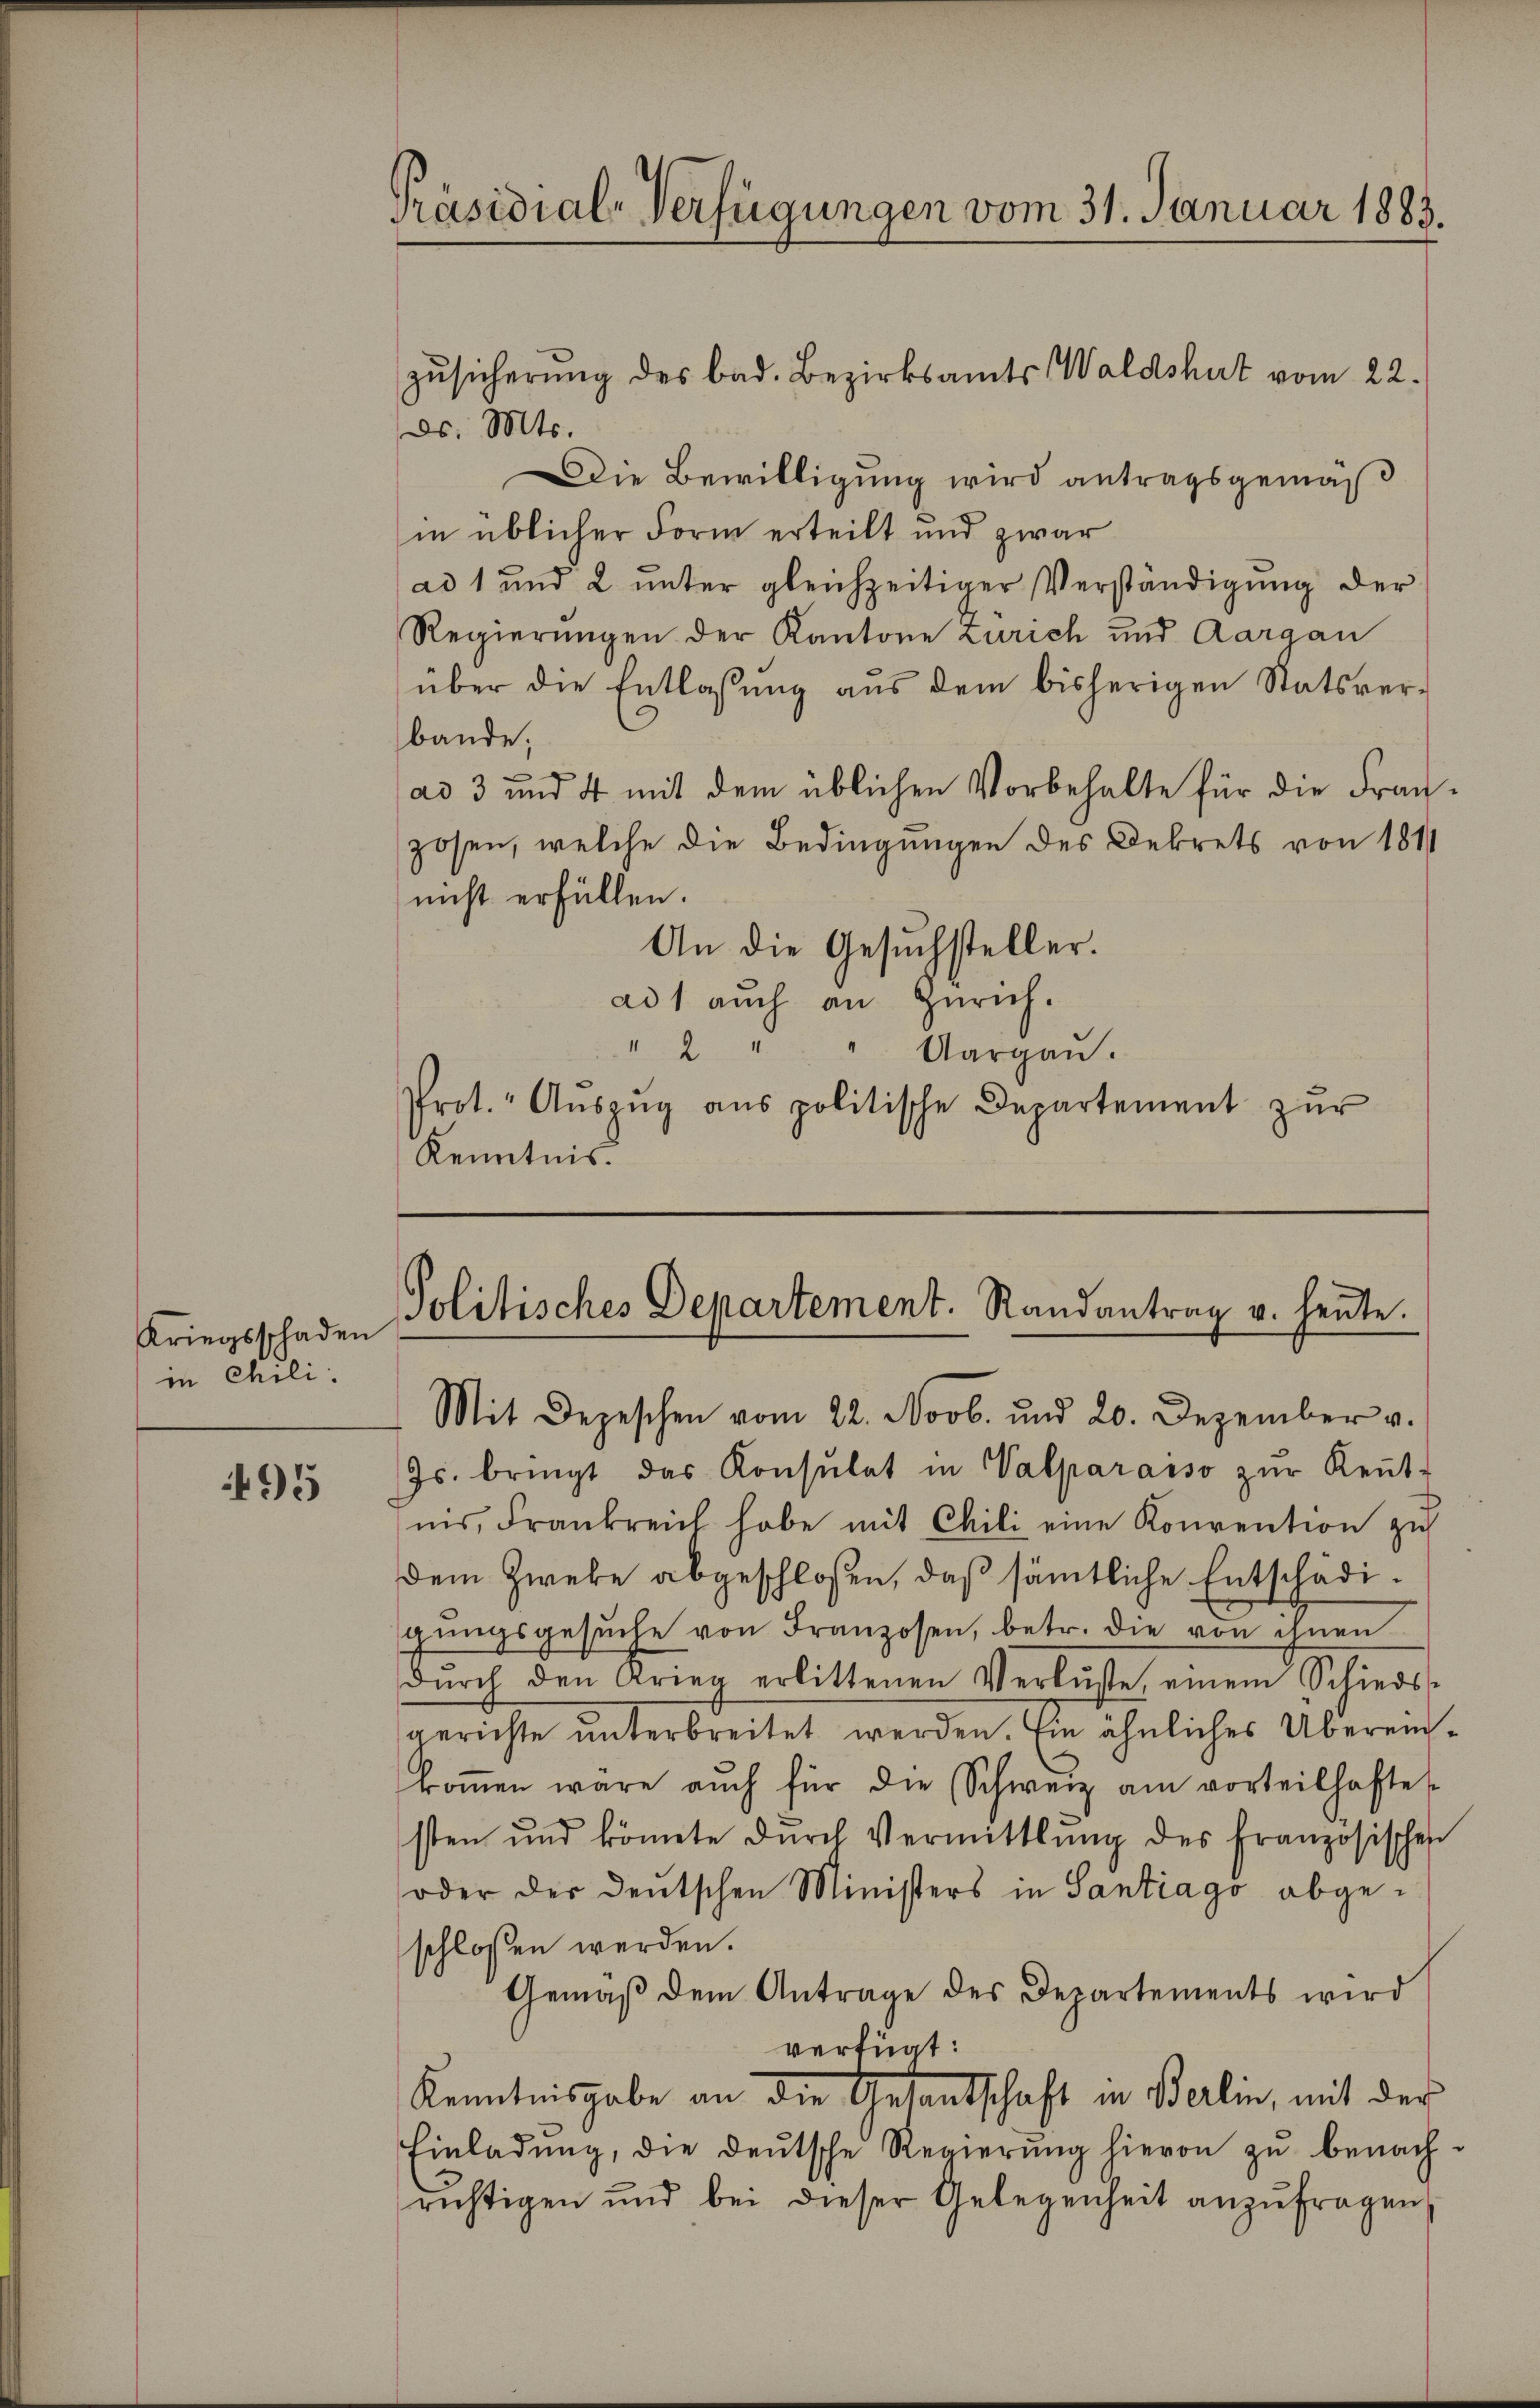
Kriegsschaden
in Cili.

95

Präsidial-Verfügungen vom 31. Januar 1883.

zŭsicherŭng des bad. Bezirksamts Waldshut vom 22.
ds. Mts.
Die Bewilligung wird antragsgemäß
in üblicher Form erteilt und zwar
ad 1 und 2 unter gleichzeitiger Verständigung der
Regierungen der Kantone Zürich und Aargau
über die Entlassŭng aŭs dem bisherigen Statsver-
bande;
ad 3 und 4 mit dem üblichen Vorbehalte für die Franzosen, welche die Bedingungen des Dekrets von 1811
nicht erfüllen.
An die Gesŭchsteller.
ad1 aŭch an Zürich.
" 2 " " Aargaŭ.
Prot. Aŭszŭg aŭs politische Departement zŭr
Kenntnis.

Politisches Departement. Randantrag u. heute.
Mit Depeschen vom 22. Novb. und 20. Dezember v.

Js. bringt das Konsulat in Valparaiso zŭr Keṅt-
nis, Frankreich habe mit Chili eine Konvention zu
dem Zweke abgeschlossen, daß sämtliche Entschädigŭngsgesŭche von Franzosen, betr. die von ihnen
dŭrch den Krieg erlittenen Verluste, einem Schieds-
gerichte unterbreitet werden. Ein ähnliches Übereinkoṁen wäre auch für die Schweiz am vorteilhafte
sten und könnte dŭrch Vermittlung des französischen
oder der deutschen Ministers in Santiago abgeschlossen werden.
Gemäß dem Antrage des Departements wird
verfügt:
Kenntnisgabe an die Gesantschaft in Berlin, mit der
Einladŭng, die deŭtsche Regierŭng hievon zŭ benach-
richtigen und bei dieser Gelegenheit anzŭfragen,